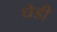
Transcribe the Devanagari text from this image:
धेडी